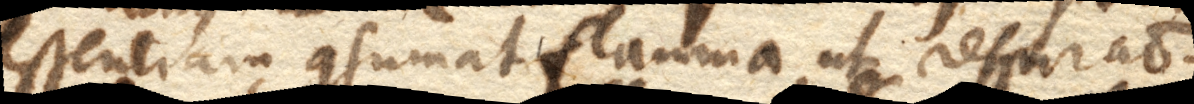
essentiam consumat flamma, ut respiratio.